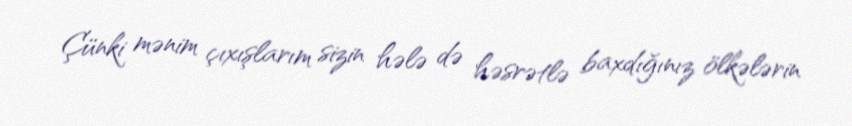
Çünki mənim çıxışlarım sizin hələ də həsrətlə baxdığınız ölkələrin